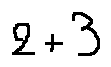
2 + 3